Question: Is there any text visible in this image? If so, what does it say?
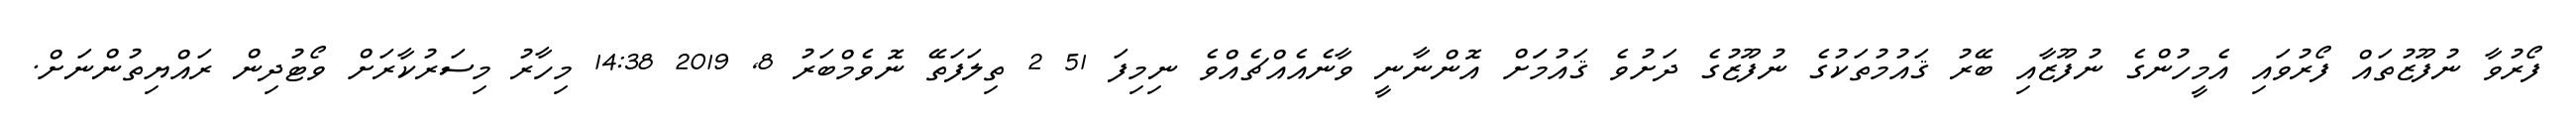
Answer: ފޯރުވާ ނުފޫޒުތައް ފޯރުވައި އެމީހުންގެ ނުފޫޒާއި ބޭރު ޤައުމުތަކުގެ ނުފޫޒުގެ ދަށުވެ ޤައުމަަށް އޮންނާނީ ވާނެއެއްޗެއްވެ ނިމިފަ 51 2 ތިލަފަތޭ ނޮވެމްބަރު 8, 2019 14:38 މިހާރު މިސަރުކާރަށް ވޯޓުދިން ރައްޔިތުންނަށް.